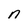
Character: n